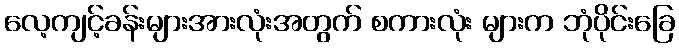
လေ့ကျင့်ခန်းများအားလုံးအတွက် စကားလုံး များက ဘုံပိုင်းခြေ